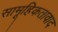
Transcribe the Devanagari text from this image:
सामूहिकतावाद